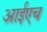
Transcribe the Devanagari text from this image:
आईएच